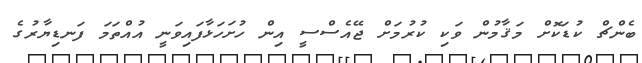
ބެންޗް ކުޑަކޮށް މަޤާމުން ވަކި ކުރުމަށް ޖޭއެސްސީ އިން ހުށަހަޅާފައިވަނީ އުއްތަމަ ފަނޑިޔާރުގެ